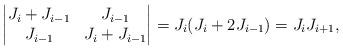
LaTeX: \begin{align*}\left|\begin{matrix}J_i+J_{i-1}&J_{i-1}\\J_{i-1}&J_i+J_{i-1}\end{matrix}\right|=J_{i}(J_i+2J_{i-1})=J_iJ_{i+1},\end{align*}